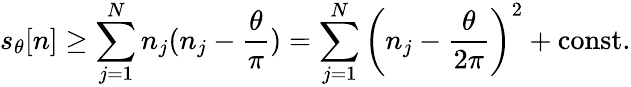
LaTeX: s_{\theta}[n]\geq\sum_{j=1}^{N}n_{j}(n_{j}-\frac{\theta}{\pi})=\sum_{j=1}^{N}\left(n_{j}-\frac{\theta}{2\pi}\right)^{2}+\mathrm{const.}